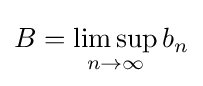
B=\limsup _{n\to \infty }b_{n}